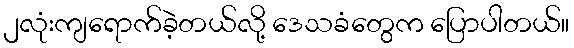
၂လုံးကျရောက်ခဲ့တယ်လို့ ဒေသခံတွေက ပြောပါတယ်။